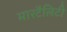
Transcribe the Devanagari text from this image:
मारटैलिटी